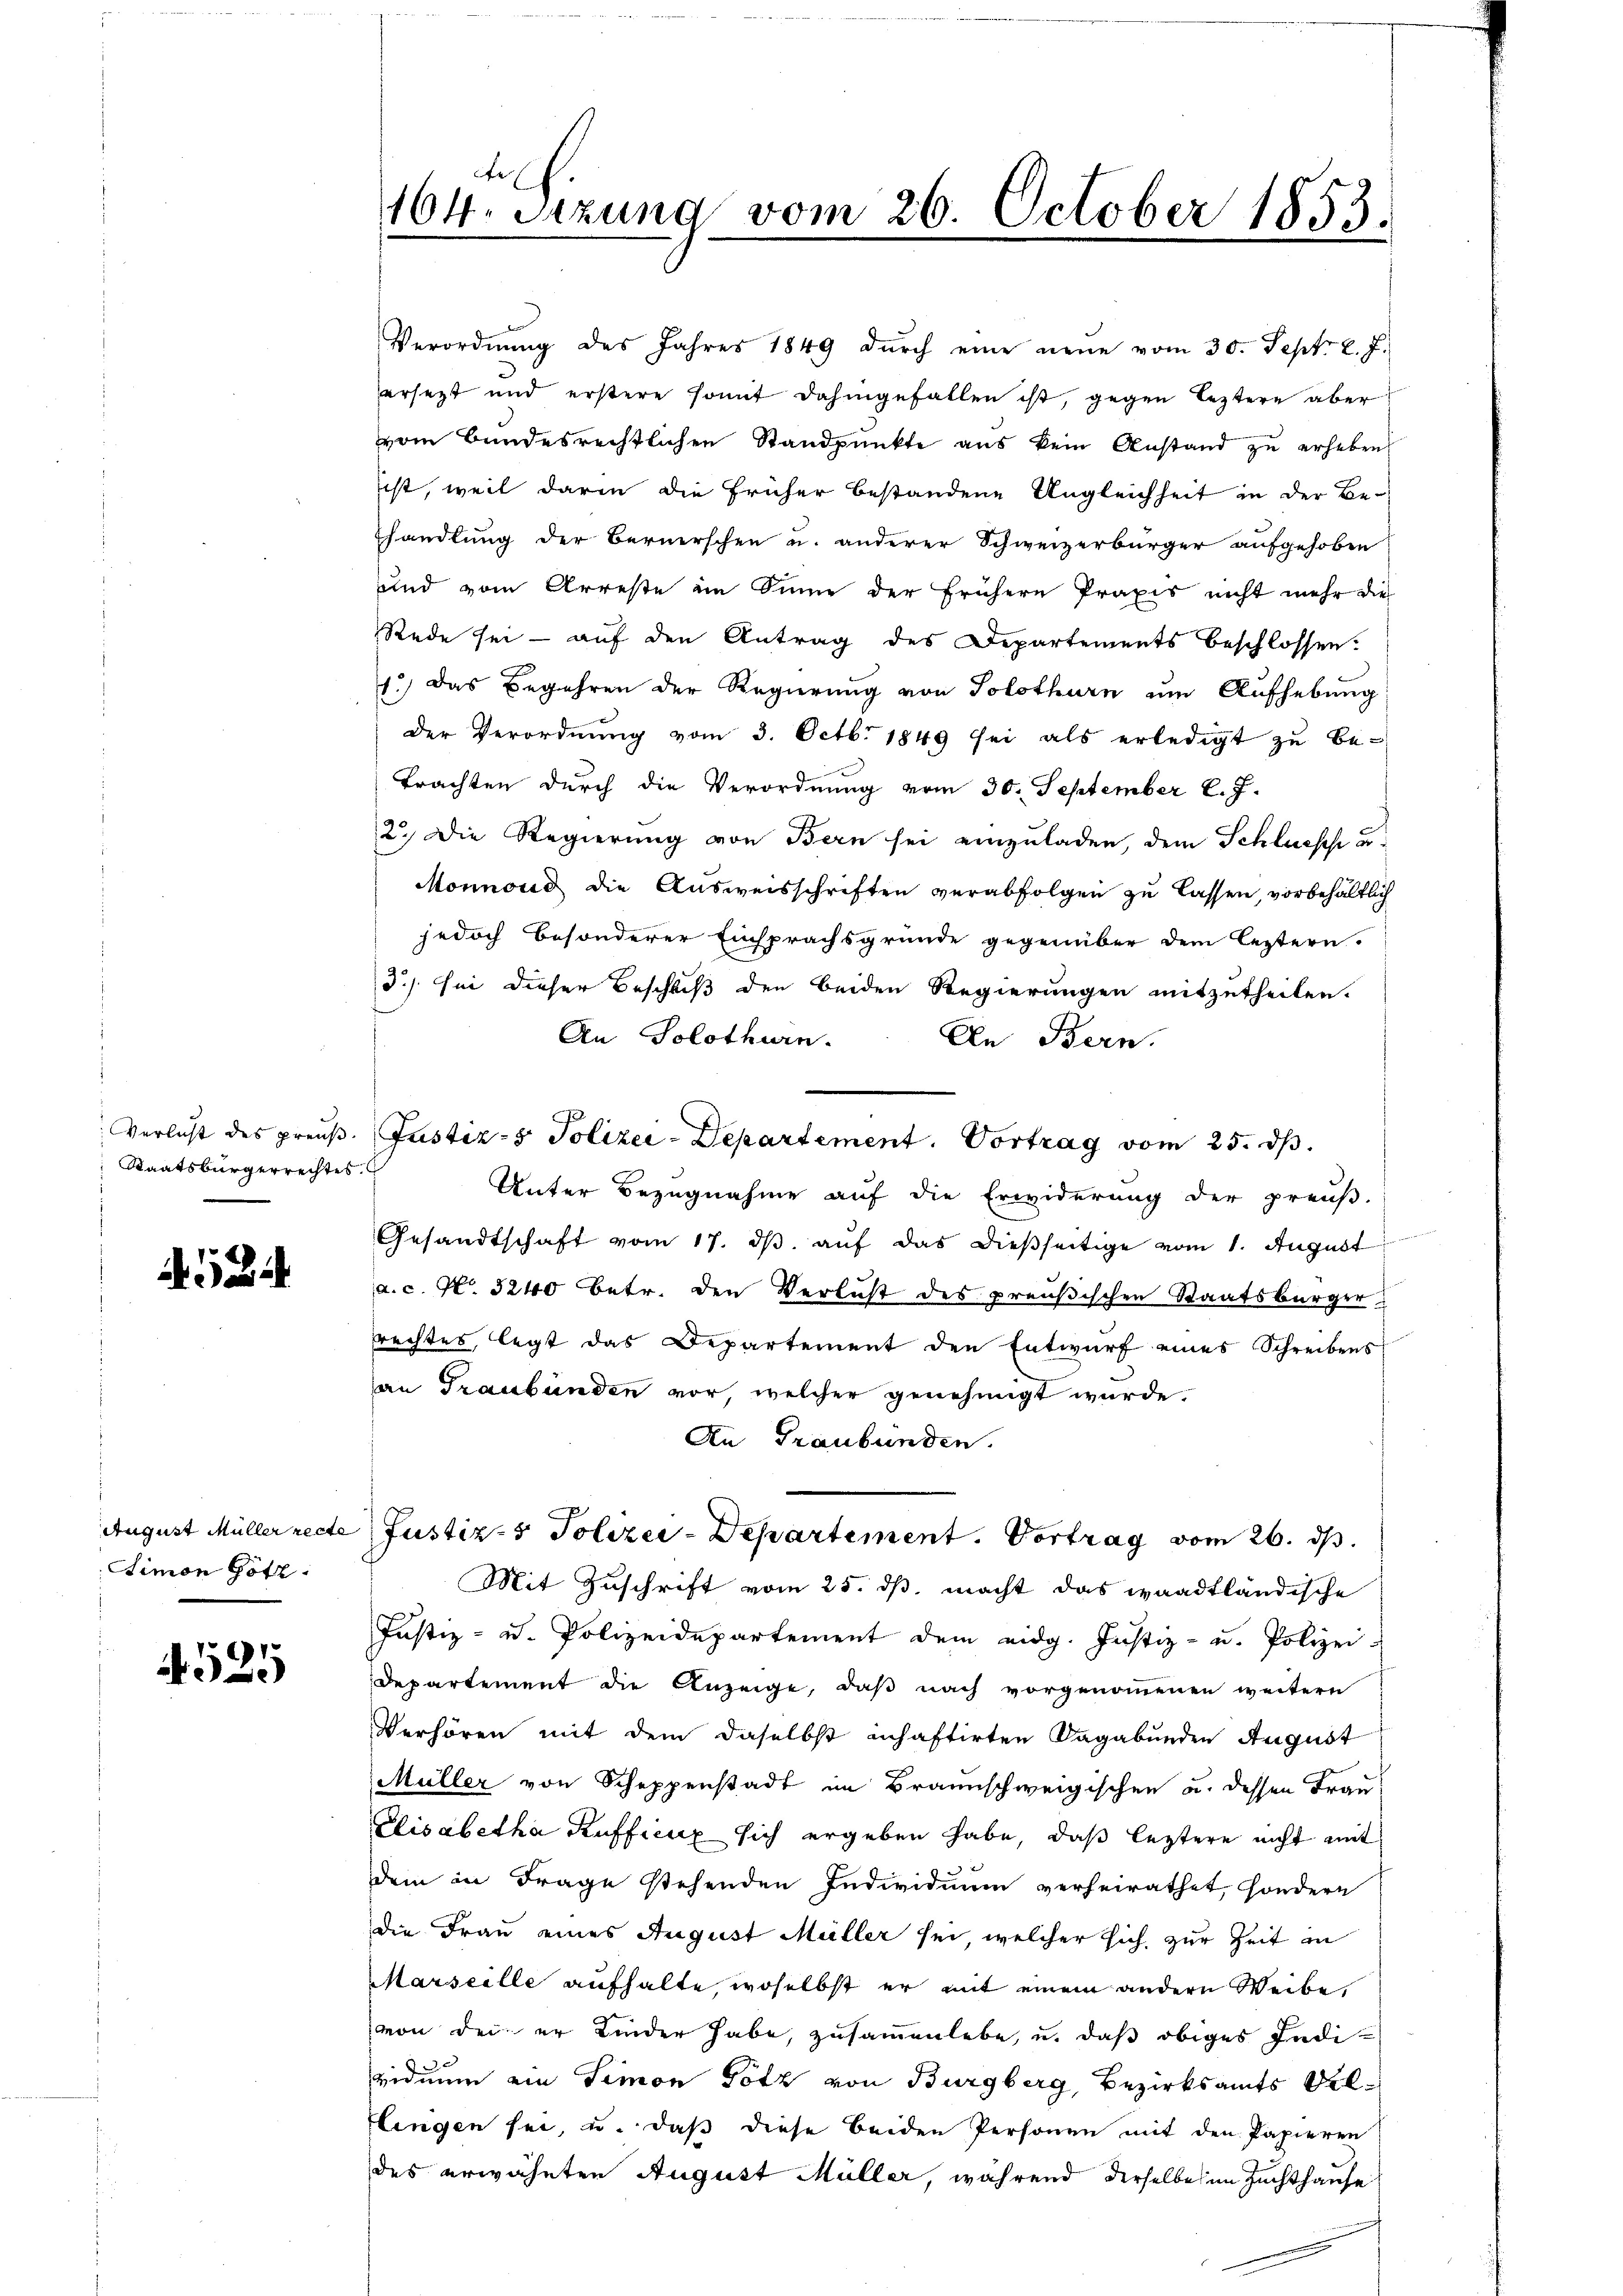
Staatsbürgerrechtes.

Simon Götz

525

164. Sitzung vom 26. October 1853.

Verordnung des Jahres 1849 durch eine neue vom 30. Sept. l. J.
ersetzt und erstere somit dahingefallen ist, gegen leztere aber
vom Bundesrechtlichen Standpŭnkte aus kein Anstand zŭ erheben
ist, weil darin die früher bestandene Ungleichheit in der Be-
handlung der Bernerschen u. anderer Schweizerbürger aufgehoben
und vom Arreste im Sinne der frühern Praxis nicht mehr die
Rede sei - auf den Antrag des Departements beschlossen.
1.) Das Begehren der Regierung von Solothurn um Aufhebung
der Verordnŭng vom 3. Octbr 1849 sei als erledigt zŭ be-
Trachten durch die Verordnung vom 30. September l. J.
2.) Die Regierung von Bern sei einzuladen, dem Schlussehe u.
Monnond die Ausweisschriften verabfolgen zu lassen, vorbehältlich
jedoch besonderer Einsprachsgründe gegenüber dem leztern.
d.) sei dieser Beschluß den beiden Regierungen mitzutheilen.
An Solothurn.
An Bern.
Verlust des preuß. Justiz- & Polizei-Departement. Vortrag vom 25. ds.
Unter Bezugnahme auf die Erwiderung der preuß-
Gesandtschaft vom 17. ds. auf das dießseitige vom 1. August
a.c. No. 3240 Betr. den Verlust des preußischen Staatsbürger
rechtes, legt das Departement den Entwurf eines Schreibens
an Graubünden vor, welcher genehmigt wurde.
An Graubünden.
August Müller recte Justiz- & Polizei-Departement. Vortrag vom 26. ds.
Mit Zuschrift vom 25. ds. macht das waadtländische
Justiz- u. Polizeidepartement dem eidg. Justiz- u. Polizei-
departement die Anzeige, daβ nach vorgenoṁenen weitern
Verhören mit dem daselbst inhaftirten Sagabunden August
Müller von Schuppenstadt im Braunschweigischen u. dessen Frau
Elisabetha Ruffung sich ergeben habe, daß leztere nicht mit
dem in Frage stehenden Individium verheirathet, sondern
die Frau eines August Müller sei, welcher sich zur Zeit in
Marseille aufhalte, woselbst er mit einem andern Weibe,
von der er Kinder habe, zusammenlebe, u. daß obiges Individuum ein Simon Götz von Burgberg, Bezirksamts Biltlingen sei, u. daß diese beiden Personen mit den Papieren
des erwähnten August Müller, während derselbe im Zuchthause